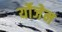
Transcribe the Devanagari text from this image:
र्योजेन